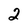
Character: 2